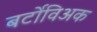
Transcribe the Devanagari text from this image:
बर्टोविअक